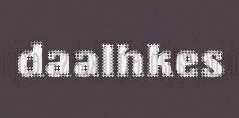
daalhkes